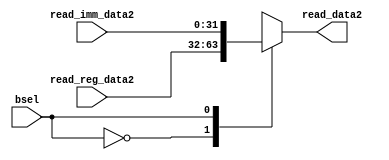
module input2_mux(
input [31:0] read_reg_data2,
input [31:0] read_imm_data2,
input bsel,
output reg [31:0] read_data2
);

always @(*)
begin
  case(bsel)
   1'b0: read_data2 = read_reg_data2;
   1'b1: read_data2 = read_imm_data2;
  endcase 
end

endmodule